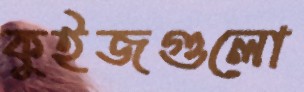
কুইজগুলো